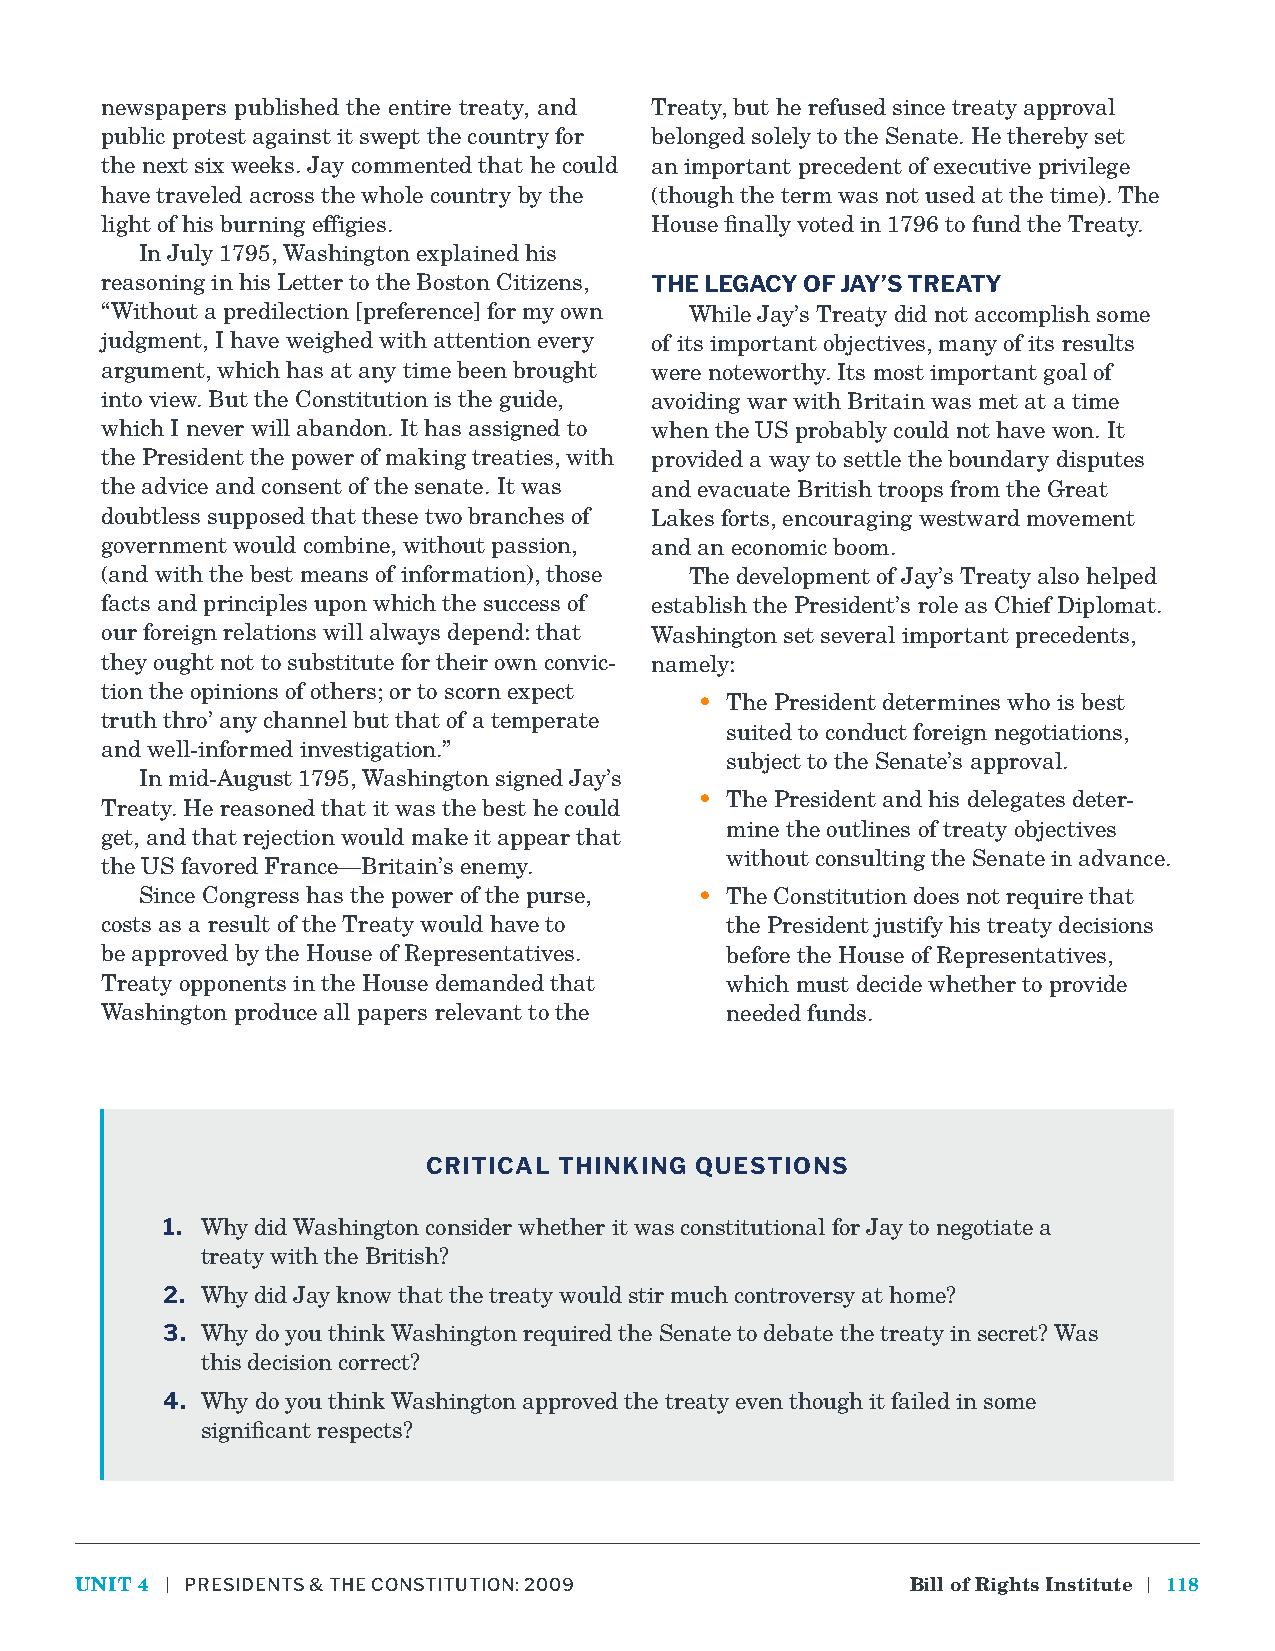
newspapers published the entire treaty, and Treaty, but he refused since treaty approval
 public protest against it swept the country for belonged solely to the Senate. He thereby set
 the next six weeks. Jay commented that he could an important precedent of executive privilege
 have traveled across the whole country by the (though the term was not used at the time). The
 light of his burning effigies.      House finally voted in 1796 to fund the Treaty.
 In July 1795, Washington explained his
 reasoning in his Letter to the Boston Citizens, THE LEGACY OF JAY’S TREATY
 “Without a predilection [preference] for my own While Jay’s Treaty did not accomplish some
 judgment, I have weighed with attention every of its important objectives, many of its results
 argument, which has at any time been brought were noteworthy. Its most important goal of
 into view. But the Constitution is the guide, avoiding war with Britain was met at a time
 which I never will abandon. It has assigned to when the US probably could not have won. It
 the President the power of making treaties, with provided a way to settle the boundary disputes
 the advice and consent of the senate. It was and evacuate British troops from the Great
 doubtless supposed that these two branches of Lakes forts, encouraging westward movement
 government would combine, without passion, and an economic boom.
 (and with the best means of information), those The development of Jay’s Treaty also helped
 facts and principles upon which the success of establish the President’s role as Chief Diplomat.
 our foreign relations will always depend: that Washington set several important precedents,
 they ought not to substitute for their own convic- namely:
 tion the opinions of others; or to scorn expect
 • The President determines who is best
 truth thro’ any channel but that of a temperate
 suited to conduct foreign negotiations,
 and well-informed investigation.”
 subject to the Senate’s approval.
 In mid-August 1795, Washington signed Jay’s
 • The President and his delegates deter-
 Treaty. He reasoned that it was the best he could
 mine the outlines of treaty objectives
 get, and that rejection would make it appear that
 without consulting the Senate in advance.
 the US favored France—Britain’s enemy.
 Since Congress has the power of the purse, • The Constitution does not require that
 costs as a result of the Treaty would have to the President justify his treaty decisions
 be approved by the House of Representatives. before the House of Representatives,
 Treaty opponents in the House demanded that which must decide whether to provide
 Washington produce all papers relevant to the needed funds.
 CRITICAL THINKING QUESTIONS
 1. Why did Washington consider whether it was constitutional for Jay to negotiate a
 treaty with the British?
 2. Why did Jay know that the treaty would stir much controversy at home?
 3. Why do you think Washington required the Senate to debate the treaty in secret? Was
 this decision correct?
 4. Why do you think Washington approved the treaty even though it failed in some
 significant respects?
 UNIT 4 | PRESIDENTS & THE CONSTITUTION: 2009           Bill of Rights Institute | 118